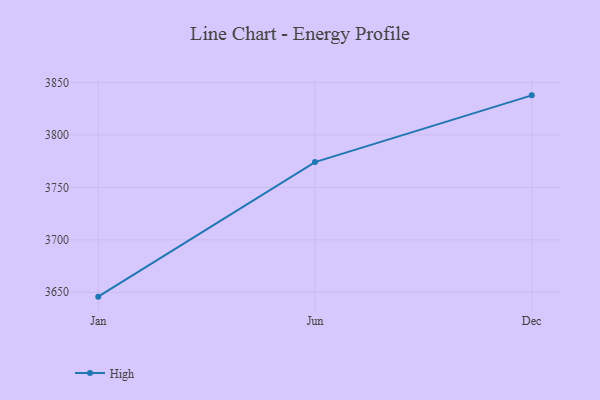
{"axis": {"x": "Month", "y": "Demand Index"}, "legend": ["High"], "data": [{"x": "Jan", "y": 3645.8, "type": "High"}, {"x": "Jun", "y": 3774.1, "type": "High"}, {"x": "Dec", "y": 3837.7, "type": "High"}]}